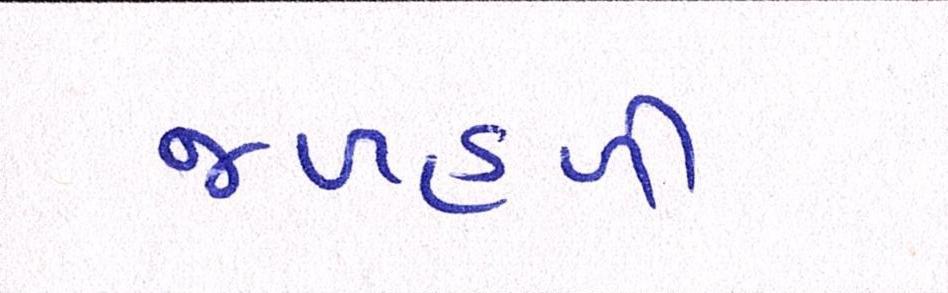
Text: જળહળી